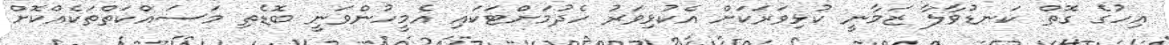
އިހުގެ ގޮތް ކަނޑުވާލާ ޒަމާނީ ކުޅިވަރަކަށް އެކުޅިވަރު ހެދުމަށްޓަކައި އެމީހުންވަނީ ބޮޑެތި މަސައްކަތްތަކެއްކޮށް